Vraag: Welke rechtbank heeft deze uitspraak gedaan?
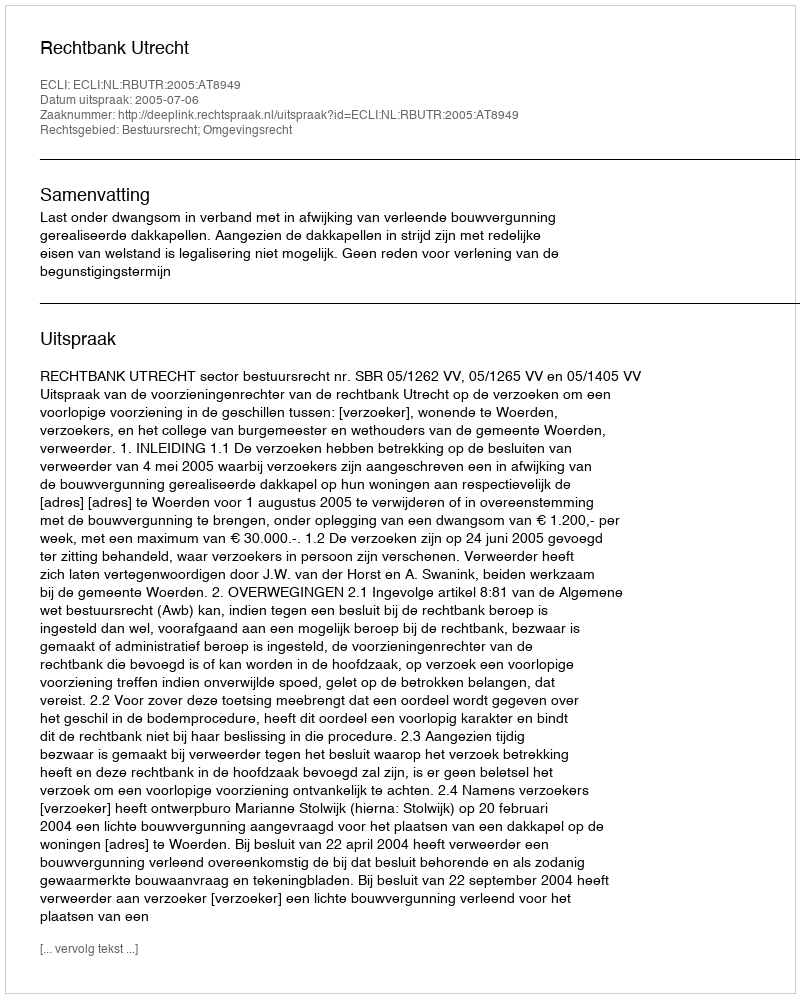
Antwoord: Rechtbank Utrecht